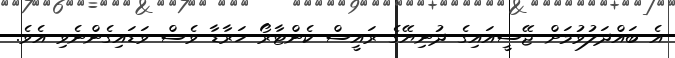
އެ ބައްދަލުވުމަށް ޖޭސީއައިގެ ދުނިޔޭގެ ރައީސް ކެންޓާރޯ ހަރާޑާ ވެސް ވަޑައިގެންނެވި އެވެ.